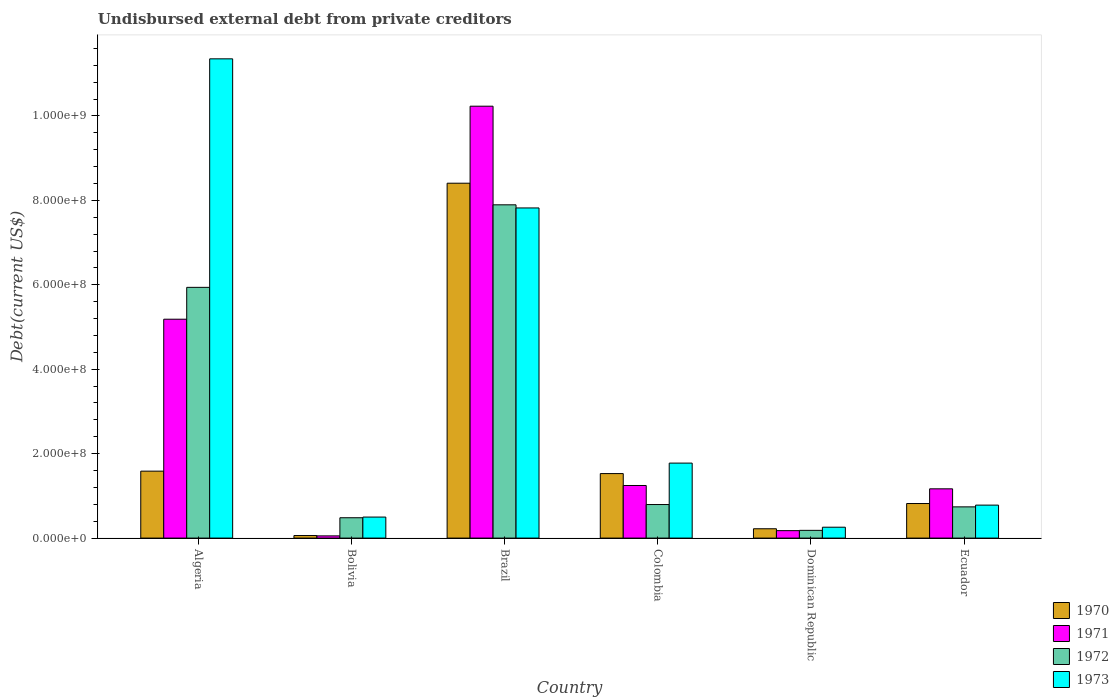
| Country | 1970 | 1971 | 1972 | 1973 |
 | --- | --- | --- | --- | --- |
 | Algeria | 1.59e+08 | 5.18e+08 | 5.94e+08 | 1.14e+09 |
 | Bolivia | 6.05e+06 | 5.25e+06 | 4.82e+07 | 4.98e+07 |
 | Brazil | 8.41e+08 | 1.02e+09 | 7.89e+08 | 7.82e+08 |
 | Colombia | 1.53e+08 | 1.25e+08 | 7.95e+07 | 1.78e+08 |
 | Dominican Republic | 2.21e+07 | 1.76e+07 | 1.83e+07 | 2.58e+07 |
 | Ecuador | 8.19e+07 | 1.17e+08 | 7.4e+07 | 7.81e+07 |